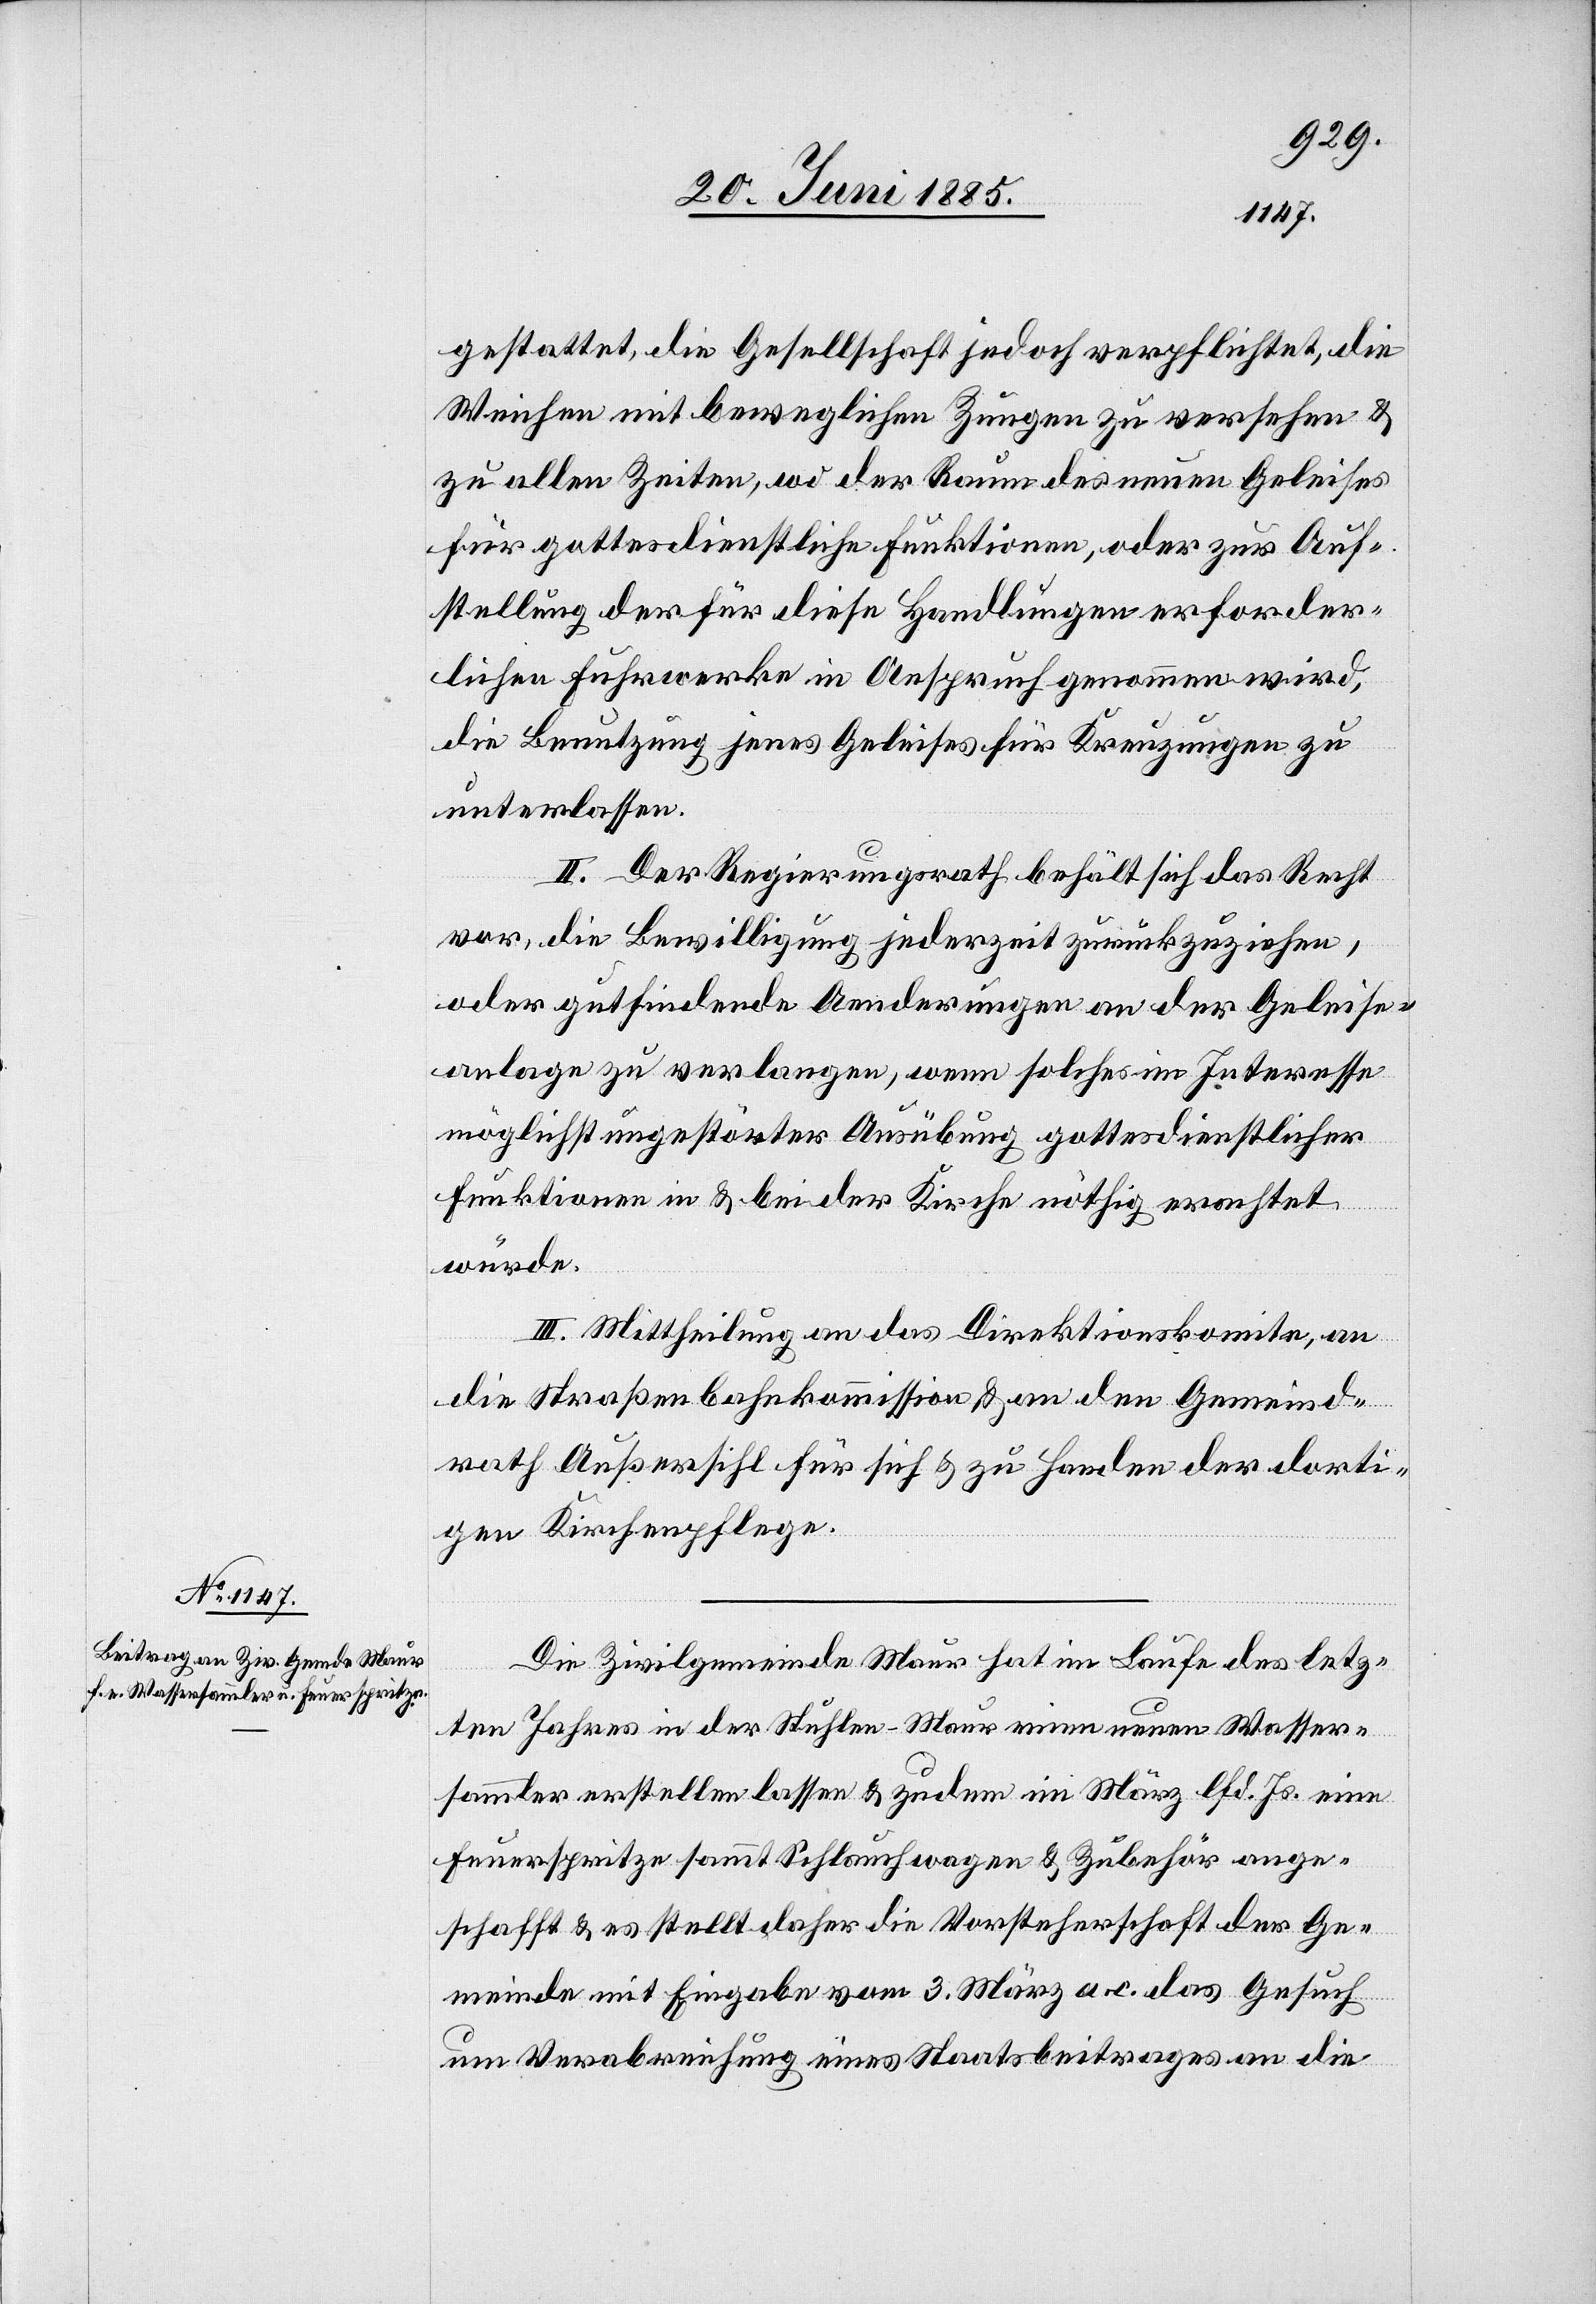
gestattet, die Gesellschaft jedoch verpflichtet, die
Weichen mit beweglichen Zungen zu versehen &
zu allen Zeiten, wo der Raum des neuen Geleises
für gottesdienstliche Funktionen, oder zur Auf¬
stellung der für diese Handlungen erforder¬
lichen Fuhrwerke in Anspruch genommen wird,
die Benutzung jenes Geleises für Kreuzungen zu
unterlassen.
II. Der Regierungsrath behält sich das Recht
vor, die Bewilligung jederzeit zurückzuziehen,
oder gutfindende Aenderungen an der Geleise¬
anlage zu verlangen, wenn solches im Interesse
möglichst ungestörter Ausübung gottesdienstlicher
Funktionen in & bei der Kirche nöthig erachtet
würde.
III. Mittheilung an das Direktionskomite, an
die Straßenbahnkommission & an den Gemeind¬
rath Außersihl für sich & zu Handen der dorti¬
gen Kirchenpflege.
Die Zivilgemeinde Maur hat im Laufe des letz¬
ten Jahres in der Stuhlen - Maur einen neuen Wasser¬
sammler erstellen lassen & zudem im März lfd. Js. eine
Feuerspritze sammt Schlauchwagen & Zubehör ange¬
schafft & es stellt daher die Vorsteherschaft der Ge¬
meinde mit Eingabe vom 3. März a. c das Gesuch
um Verabreichung eines Staatsbeitrages an die